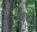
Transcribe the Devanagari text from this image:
एगुआ